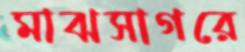
মাঝসাগরে